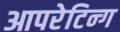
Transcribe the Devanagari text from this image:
आपरेटिन्ग